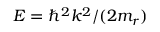
E = \hbar ^ { 2 } k ^ { 2 } / ( 2 m _ { r } )